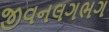
જીવનલગભગ